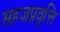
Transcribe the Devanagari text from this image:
सहजप्रवृत्ति